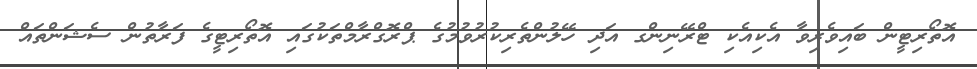
އޮތޯރިޓީން ބައިވެރިވާ އެކިއެކި ޓްރޭނިންގ އަދި ހޭލުންތެރިކުރުވުމުގެ ޕްރޮގްރާމްތަކުގައި އޮތޯރިޓީގެ ފަރާތުން ސެޝަންތައް